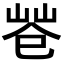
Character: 𢁃